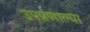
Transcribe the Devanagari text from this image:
उपप्रणाल्या